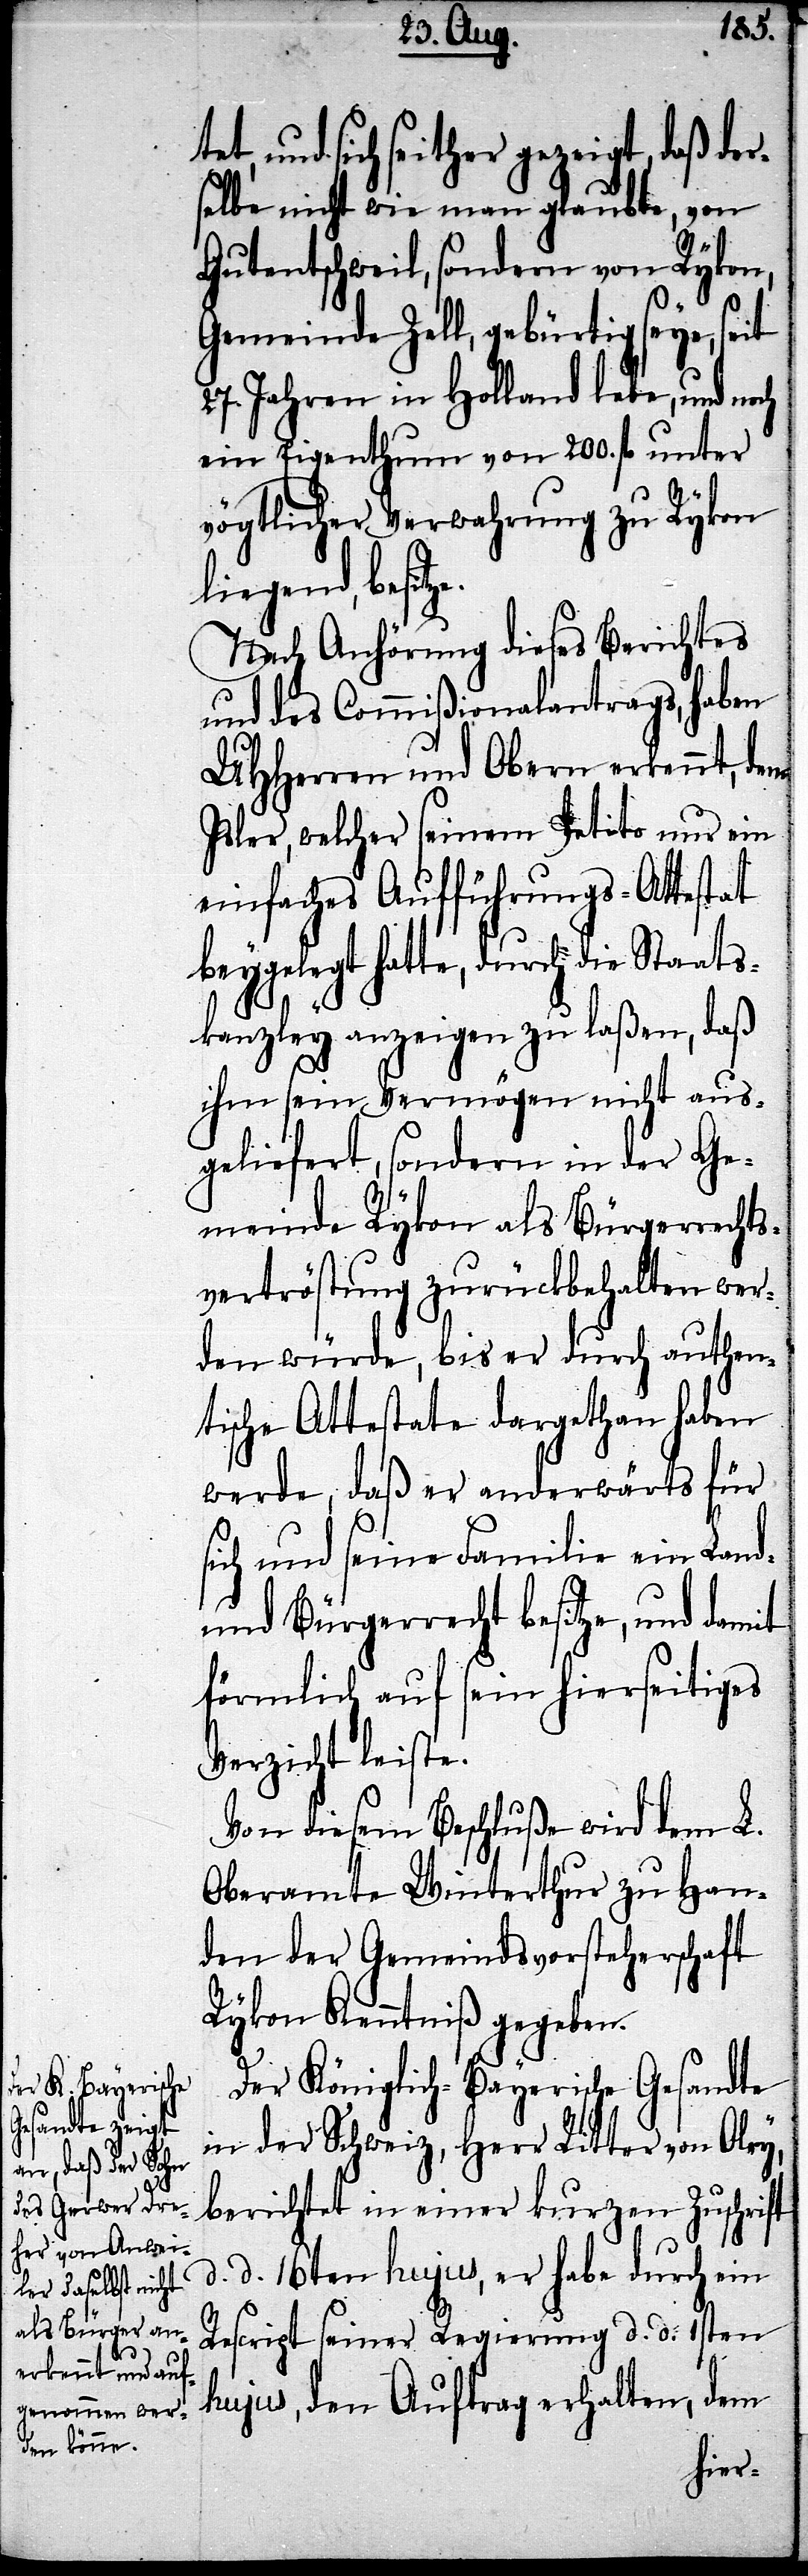
e.
tet, und sich seither gezeigt, daß der¬
selbe nicht wie man glaubte, von
Gutentschweil, sondern von Rykon,
Gemeinde Zell, gebürtig seye, seit
27. Jahren in Holland lebe, und
ein Eigenthum von 200. fl. unter
vögtlicher Verwahrung zu Rykon
liegend, besitz¬
Nach Anhörung dieses Berichtes
und des Commißionalantrags, haben
UHHerren und Obern erkennt, dem
Isler, welcher seinem Petito nur ein
einfaches Aufführungs-Attestat
beygelegt hatte, durch die Staats¬
kanzley anzeigen zu laßen, daß
ihm sein Vermögen nicht aus¬
geliefert, sondern in der Ge¬
meinde Rykon als Bürgerrechts¬
vertröstung zurückbehalten wer¬
den würde, bis er durch authen¬
tische Attestate dargethan haben
werde, daß er anderwärts für
sich und seine Familie ein Land-
und Bürgerrecht besitze, und damit
förmlich auf sein hierseitiges
Verzicht leiste.
Von diesem Beschluße wird dem L.
Oberamte Winterthur zu Han¬
den der Gemeindsvorsteherschaft
Rykon Kenntniß gegeben.
Der Königlich-Bayerische Gesandte
in der Schweiz, Herr Ritter von Olry,
berichtet in einer kurzen Zuschrift
d. d. 16ten hujus, er habe durch ein
Rescript seiner Regierung d. d. 1sten
hujus, den Auftrag erhalten, dem